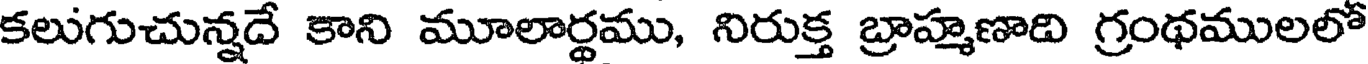
కలుగుచున్నదే కాని మూలార్థము, నిరుక్త బ్రాహ్మణాది గ్రంథములలో